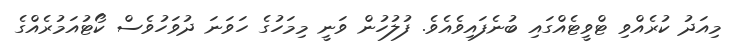
މިއަދު ކުރެއްވި ޓްވީޓެއްގައި ބުނެފައިވެއެވެ. ފުލުހުން ވަނީ މިމަހުގެ ހަވަނަ ދުވަހުވެސް ކޯޓުއަމުރެއްގެ